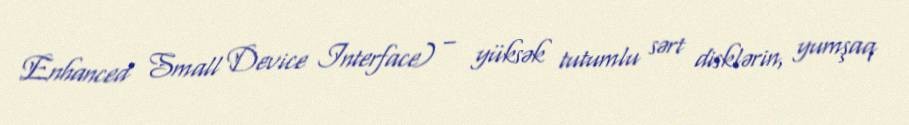
Enhanced Small Device Interface) – yüksək tutumlu sərt disklərin, yumşaq